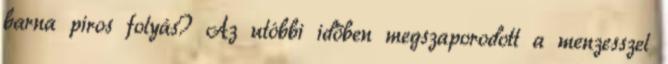
barna piros folyás? Az utóbbi időben megszaporodott a menzesszel